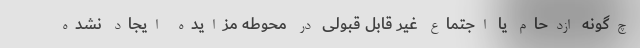
چ‌گونه ازدحام یا اجتماع غیر قابل قبولی در محوطه مزایده ایجاد نشده